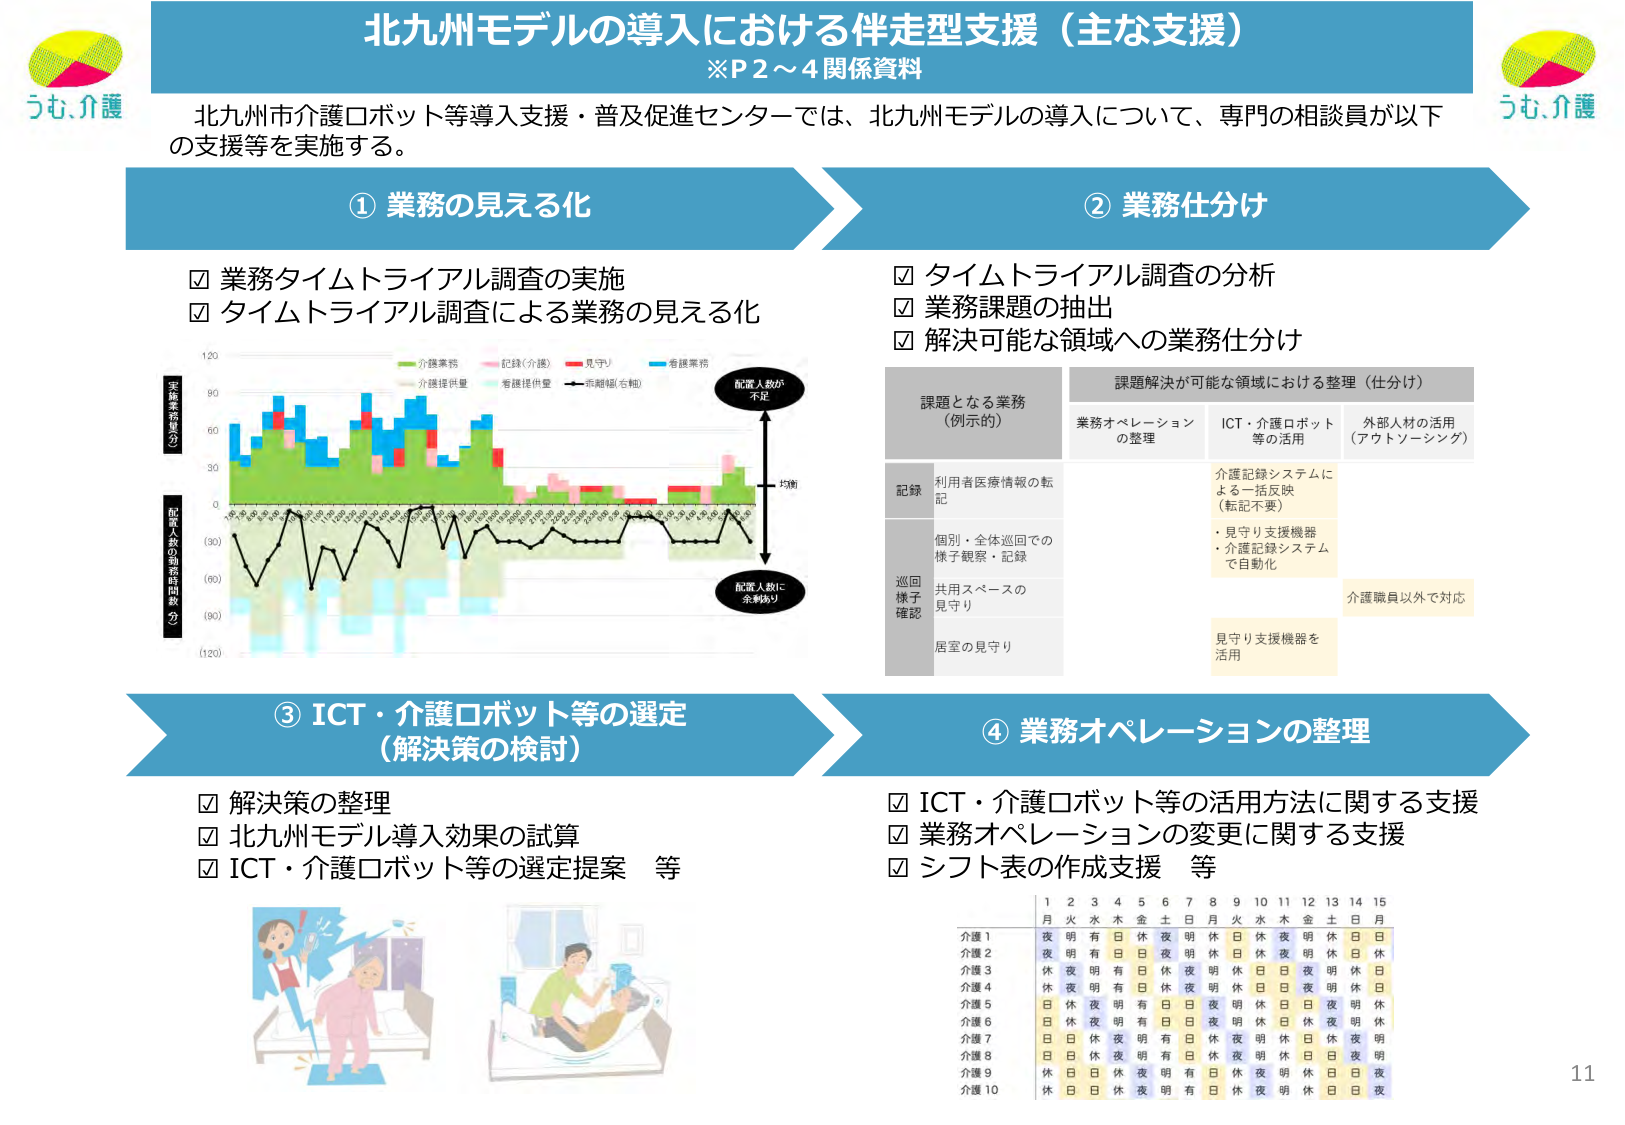
北九州モデルの導入における伴走型支援（主な支援）
※P2～4関係資料

北九州市介護ロボット等導入支援・普及促進センターでは、北九州モデルの導入について、専門の相談員が以下の支援等を実施する。

① 業務の見える化
☑ 業務タイムトライアル調査の実施
☑ タイムトライアル調査による業務の見える化

（グラフの凡例）
・介護業務（緑）
・記録（介護）（ピンク）
・見守り（赤）
・看護業務（青）
・介護提供量（水色）
・看護提供量（薄水色）
・赤線幅（右軸）（黒）

（グラフの縦軸）
・実施業務量（左）
・配置人数の余剰・不足（右）
・（30）
・（60）
・（90）
・（120）

（グラフの横軸）
・1～31日（日付）

（グラフの注釈）
・配置人数が不足
・配置人数に余剰あり
・均値

② 業務仕分け
☑ タイムトライアル調査の分析
☑ 業務課題の抽出
☑ 解決可能な領域への業務仕分け

課題となる業務（例示的）
・記録：利用者医療情報の転記
・巡回様子確認：個別・全体巡回での様子観察・記録、共用スペースの見守り、居室の見守り

課題解決が可能な領域における整理（仕分け）
・業務オペレーションの整理
・ICT・介護ロボット等の活用
・外部人材の活用（アウトソーシング）

（ICT・介護ロボット等の活用）
・介護記録システムによる一括反映（転記不要）
・見守り支援機器・介護記録システムで自動化
・見守り支援機器を活用

（外部人材の活用）
・介護職員以外で対応

③ ICT・介護ロボット等の選定（解決策の検討）
☑ 解決策の整理
☑ 北九州モデル導入効果の試算
☑ ICT・介護ロボット等の選定提案 等

（イラスト）
・介護職員が高齢者を支援する様子（2枚）

④ 業務オペレーションの整理
☑ ICT・介護ロボット等の活用方法に関する支援
☑ 業務オペレーションの変更に関する支援
☑ シフト表の作成支援 等

（シフト表）
1 2 3 4 5 6 7 8 9 10 11 12 13 14 15
月 火 水 木 金 土 日 月 火 水 木 金 土 日 月
介護1：夜 明 有 日 日 夜 明 休 日 休 夜 明 休 日 日
介護2：夜 休 有 日 日 休 明 休 日 休 夜 明 休 日 休
介護3：休 夜 明 有 日 日 休 夜 明 休 日 日 夜 明 休 日
介護4：休 休 夜 有 日 日 休 夜 明 休 日 日 休 休 日
介護5：日 休 夜 明 有 日 日 夜 明 休 日 日 夜 明 休
介護6：日 休 休 明 有 日 日 夜 明 休 日 休 夜 明 休
介護7：日 日 休 夜 明 有 日 休 夜 明 休 日 日 夜 明
介護8：日 日 休 夜 明 有 日 休 夜 明 休 日 日 夜 明
介護9：休 日 日 休 夜 明 有 日 休 夜 明 休 日 日 夜
介護10：休 日 日 休 夜 明 有 日 休 夜 明 休 日 日 夜

うむ、介護
うむ、介護
11